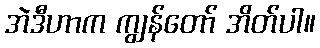
အဲဒီဟာက ကျွန်တော် အိတ်ပါ။